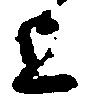
上